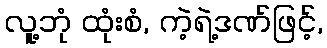
လူ့ဘုံ ထုံးစံ, ကဲ့ရဲ့ဒဏ်ဖြင့်,